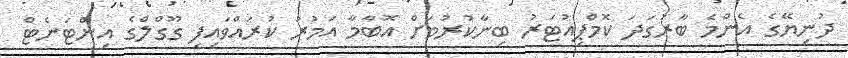
ދުނިޔޭގެ އެންމެ ބާރުގަދަ ކޮމްޕިއުޓަރު ބިނާކުރުމަށް އޮބާމާ އަމުރު ކުރައްވައިފި ގޫގްލްގެ އިންޓަނެޓް